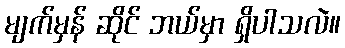
မျက်မှန် ဆိုင် ဘယ်မှာ ရှိပါသလဲ။